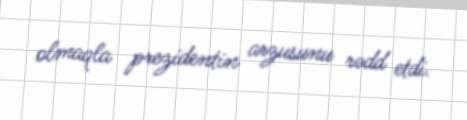
olmaqla prezidentin arzusunu rədd etdi.